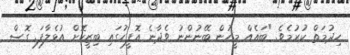
ހިދުމަތް ކުރުމެވެ. "ބައެއް މީހުން ބޭނުންނު ވެދާނެ އޮފީހުގައި ބިޒީކޮށް އުޅެލާފަ. ގޮސް